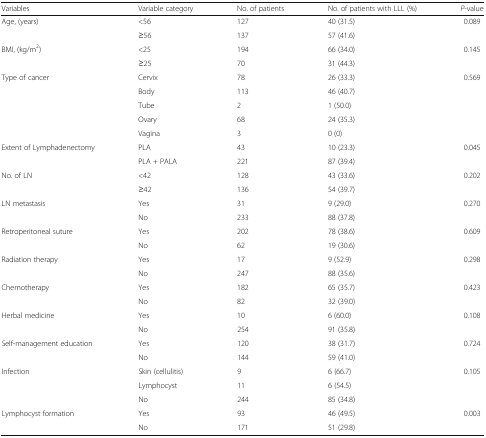
<table><thead><tr><td><b>Variables</b></td><td><b>Variable category</b></td><td><b>No. of patients</b></td><td><b>No. of patients with LLL (%)</b></td><td><b><i>P</i>-value</b></td></tr></thead><tbody><tr><td rowspan="2">Age, (years)</td><td>&lt;56</td><td>127</td><td>40 (31.5)</td><td rowspan="2">0.089</td></tr><tr><td>≥56</td><td>137</td><td>57 (41.6)</td></tr><tr><td rowspan="2">BMI, (kg/m<sup>2</sup>)</td><td>&lt;25</td><td>194</td><td>66 (34.0)</td><td rowspan="2">0.145</td></tr><tr><td>≥25</td><td>70</td><td>31 (44.3)</td></tr><tr><td rowspan="5">Type of cancer</td><td>Cervix</td><td>78</td><td>26 (33.3)</td><td rowspan="5">0.569</td></tr><tr><td>Body</td><td>113</td><td>46 (40.7)</td></tr><tr><td>Tube</td><td>2</td><td>1 (50.0)</td></tr><tr><td>Ovary</td><td>68</td><td>24 (35.3)</td></tr><tr><td>Vagina</td><td>3</td><td>0 (0)</td></tr><tr><td rowspan="2">Extent of Lymphadenectomy</td><td>PLA</td><td>43</td><td>10 (23.3)</td><td rowspan="2">0.045</td></tr><tr><td>PLA + PALA</td><td>221</td><td>87 (39.4)</td></tr><tr><td rowspan="2">No. of LN</td><td>&lt;42</td><td>128</td><td>43 (33.6)</td><td rowspan="2">0.202</td></tr><tr><td>≥42</td><td>136</td><td>54 (39.7)</td></tr><tr><td rowspan="2">LN metastasis</td><td>Yes</td><td>31</td><td>9 (29.0)</td><td rowspan="2">0.270</td></tr><tr><td>No</td><td>233</td><td>88 (37.8)</td></tr><tr><td rowspan="2">Retroperitoneal suture</td><td>Yes</td><td>202</td><td>78 (38.6)</td><td rowspan="2">0.609</td></tr><tr><td>No</td><td>62</td><td>19 (30.6)</td></tr><tr><td rowspan="2">Radiation therapy</td><td>Yes</td><td>17</td><td>9 (52.9)</td><td rowspan="2">0.298</td></tr><tr><td>No</td><td>247</td><td>88 (35.6)</td></tr><tr><td rowspan="2">Chemotherapy</td><td>Yes</td><td>182</td><td>65 (35.7)</td><td rowspan="2">0.423</td></tr><tr><td>No</td><td>82</td><td>32 (39.0)</td></tr><tr><td rowspan="2">Herbal medicine</td><td>Yes</td><td>10</td><td>6 (60.0)</td><td rowspan="2">0.108</td></tr><tr><td>No</td><td>254</td><td>91 (35.8)</td></tr><tr><td rowspan="2">Self-management education</td><td>Yes</td><td>120</td><td>38 (31.7)</td><td rowspan="2">0.724</td></tr><tr><td>No</td><td>144</td><td>59 (41.0)</td></tr><tr><td rowspan="3">Infection</td><td>Skin (cellulitis)</td><td>9</td><td>6 (66.7)</td><td rowspan="3">0.105</td></tr><tr><td>Lymphocyst</td><td>11</td><td>6 (54.5)</td></tr><tr><td>No</td><td>244</td><td>85 (34.8)</td></tr><tr><td rowspan="2">Lymphocyst formation</td><td>Yes</td><td>93</td><td>46 (49.5)</td><td rowspan="2">0.003</td></tr><tr><td>No</td><td>171</td><td>51 (29.8)</td></tr></tbody></table>